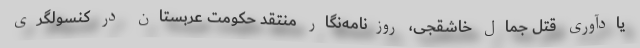
یادآوری قتل جمال خاشقجی، روزنامه‌نگار منتقد حکومت عربستان در کنسولگری